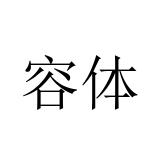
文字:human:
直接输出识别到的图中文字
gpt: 容体